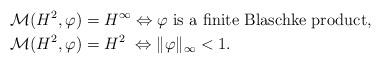
LaTeX: \begin{align*}\mathcal{M}(H^2,\varphi)&=H^\infty\Leftrightarrow \varphi \hbox{\ is a finite Blaschke product},\\\mathcal{M}(H^2,\varphi)&=H^2\,\,\Leftrightarrow \Vert\varphi\Vert_\infty<1.\end{align*}